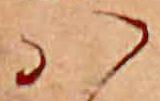
ハ